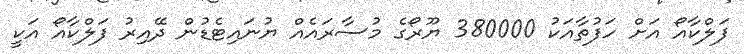
ފަލްކާއޯ އަށް ހަފުތާއަކު 380000 ޔޫރޯގެ މުސާރައެއް ޔުނައިޓެޑުން ދޭއިރު ފަލްކާއޯ އަކީ